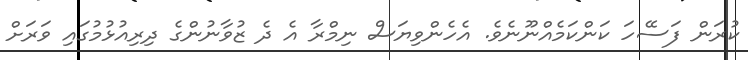
ކުރަން ފަސޭހަ ކަންކަމެއްނޫނެވެ. އެހެންވިޔަސް ނިމްރާ އެ ދެ ޒުވާނުންގެ ދިރިއުޅުމުގައި ވަރަށް